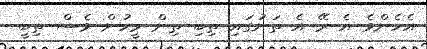
އެހެންވެ އެ ރޭ އެ ތަނުގައި ތިބި ތިން މީހުން ވެސް ތިބީ